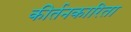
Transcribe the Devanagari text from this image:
कीर्तनकारिता